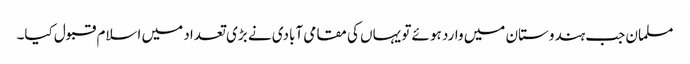
مسلمان جب ہندوستان میں وارد ہوئے تو یہاں کی مقامی آبادی نے بڑی تعداد میں اسلام قبول کیا۔